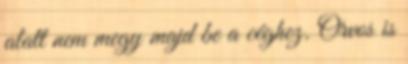
alatt nem megy majd be a céghez. Orvos is